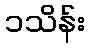
၁သိန်း